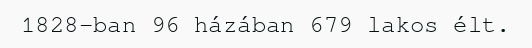
1828-ban 96 házában 679 lakos élt.